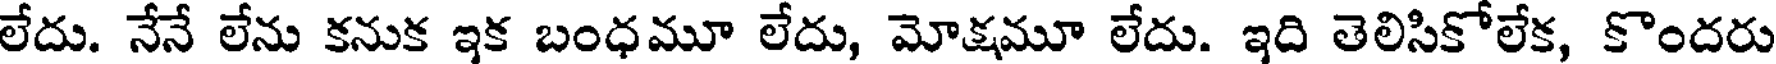
లేదు. నేనే లేను కనుక ఇక బంధమూ లేదు, మోక్షమూ లేదు. ఇది తెలిసికోలేక, కొందరు